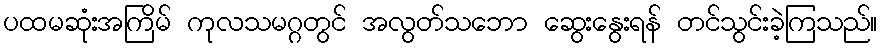
ပထမဆုံးအကြိမ် ကုလသမဂ္ဂတွင် အလွတ်သဘော ဆွေးနွေးရန် တင်သွင်းခဲ့ကြသည်။